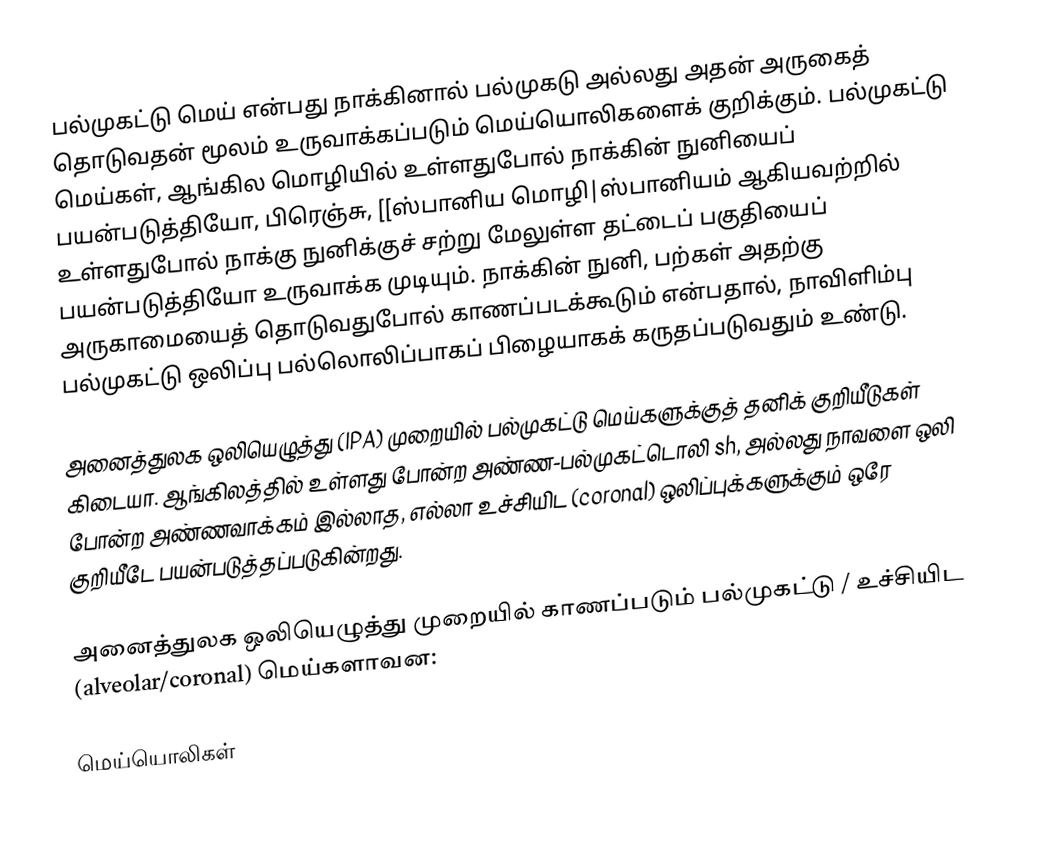
பல்முகட்டு மெய் என்பது நாக்கினால் பல்முகடு அல்லது அதன் அருகைத் தொடுவதன் மூலம் உருவாக்கப்படும் மெய்யொலிகளைக் குறிக்கும். பல்முகட்டு மெய்கள், ஆங்கில மொழியில் உள்ளதுபோல் நாக்கின் நுனியைப் பயன்படுத்தியோ, பிரெஞ்சு, [[ஸ்பானிய மொழி|ஸ்பானியம் ஆகியவற்றில் உள்ளதுபோல் நாக்கு நுனிக்குச் சற்று மேலுள்ள தட்டைப் பகுதியைப் பயன்படுத்தியோ உருவாக்க முடியும். நாக்கின் நுனி, பற்கள் அதற்கு அருகாமையைத் தொடுவதுபோல் காணப்படக்கூடும் என்பதால், நாவிளிம்பு பல்முகட்டு ஒலிப்பு பல்லொலிப்பாகப் பிழையாகக் கருதப்படுவதும் உண்டு.

அனைத்துலக ஒலியெழுத்து (IPA) முறையில் பல்முகட்டு மெய்களுக்குத் தனிக் குறியீடுகள் கிடையா. ஆங்கிலத்தில் உள்ளது போன்ற அண்ண-பல்முகட்டொலி sh, அல்லது நாவளை ஒலி போன்ற அண்ணவாக்கம் இல்லாத, எல்லா உச்சியிட (coronal) ஒலிப்புக்களுக்கும் ஒரே குறியீடே பயன்படுத்தப்படுகின்றது.

அனைத்துலக ஒலியெழுத்து முறையில் காணப்படும் பல்முகட்டு / உச்சியிட (alveolar/coronal) மெய்களாவன:

மெய்யொலிகள்